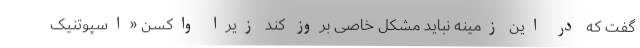
گفت که در این زمینه نباید مشکل خاصی بروز کند زیرا واکسن «اسپوتنیک